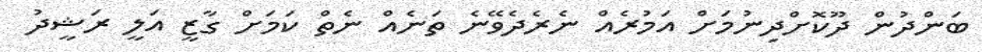
ބަންދުން ދޫކޮށްދިނުމަށް އަމުރެއް ނެރެދެވޭނެ ތަނެއް ނެތް ކަމަށް ގާޒީ އަލީ ރަޝީދު